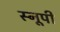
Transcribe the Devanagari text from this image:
स्नूपी